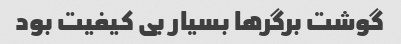
گوشت برگرها بسیار بی کیفیت بود